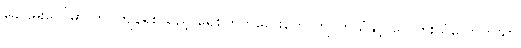
ခေါင်မိုးပေါ်မှာ တင်ကျန်ရစ်သည့် ရေစက်ကလေးတွေ ကျလာသံနှင့် လေတိုးသံလောက်သာ